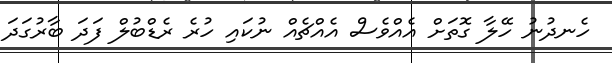
ހެނދުނު ހޭލާ ގޮތަށް އެއްވެސް އެއްޗެއް ނުކައި ހުރެ ރެޑްބުލް ފަދަ ބާރުގަދަ